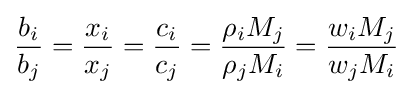
{\frac {b_{i}}{b_{j}}}={\frac {x_{i}}{x_{j}}}={\frac {c_{i}}{c_{j}}}={\frac {\rho _{i}M_{j}}{\rho _{j}M_{i}}}={\frac {w_{i}M_{j}}{w_{j}M_{i}}}